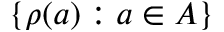
\{ \rho ( a ) : a \in A \}